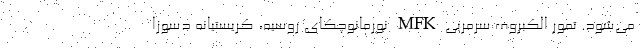
می‌شود. تمور الکبروف سرمربی MFK نورمانوچکای روسیه، کریستیانه دسوزا